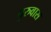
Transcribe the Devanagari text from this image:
पुरुवास